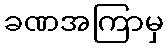
ခဏအကြာမှ